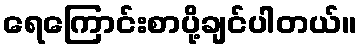
ရေကြောင်းစာပို့ချင်ပါတယ်။